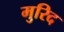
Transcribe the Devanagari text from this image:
मुरिद